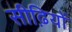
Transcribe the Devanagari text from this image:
सीढ़ियों